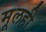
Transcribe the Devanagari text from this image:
मूलही